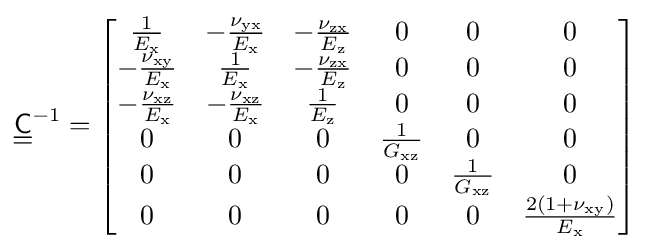
{\underline {\underline {\mathsf {C}}}}^{-1}={\begin{bmatrix}{\tfrac {1}{E_{\rm {x}}}}&-{\tfrac {\nu _{\rm {yx}}}{E_{\rm {x}}}}&-{\tfrac {\nu _{\rm {zx}}}{E_{\rm {z}}}}&0&0&0\\-{\tfrac {\nu _{\rm {xy}}}{E_{\rm {x}}}}&{\tfrac {1}{E_{\rm {x}}}}&-{\tfrac {\nu _{\rm {zx}}}{E_{\rm {z}}}}&0&0&0\\-{\tfrac {\nu _{\rm {xz}}}{E_{\rm {x}}}}&-{\tfrac {\nu _{\rm {xz}}}{E_{\rm {x}}}}&{\tfrac {1}{E_{\rm {z}}}}&0&0&0\\0&0&0&{\tfrac {1}{G_{\rm {xz}}}}&0&0\\0&0&0&0&{\tfrac {1}{G_{\rm {xz}}}}&0\\0&0&0&0&0&{\tfrac {2(1+\nu _{\rm {xy}})}{E_{\rm {x}}}}\end{bmatrix}}